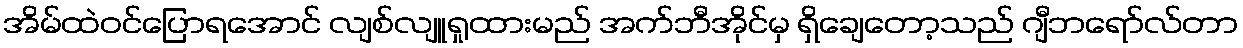
အိမ်ထဲဝင်ပြောရအောင် လျစ်လျူရှုထားမည် အက်ဘီအိုင်မှ ရှိချေတော့သည် ဂျီဘရော်လ်တာ